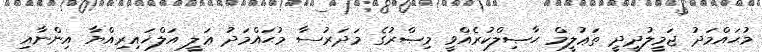
މުޙައްމަދު ޖަމީލުދީދީ ތަޢުލީމް ޙާޞިލްކުރެއްވީ މިޞްރުގެ މަދަރުސާ މުޙައްމަދު ޢަލީ އަލްޚައިރިއްޔާ އިންނާއި